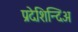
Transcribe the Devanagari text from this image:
प्रदेशिन्दिअ